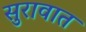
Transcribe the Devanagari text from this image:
सुरावात